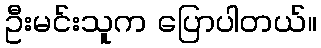
ဦးမင်းသူက ပြောပါတယ်။